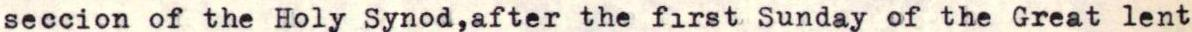
seccion of the Holy Synod,after the first Sunday of the Great lent